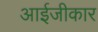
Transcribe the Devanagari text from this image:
आईजीकार